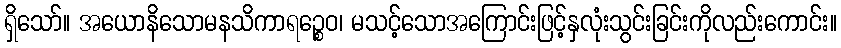
ရှိသော်။ အယောနိသောမနသိကာရဉ္စေဝ၊ မသင့်သောအကြောင်းဖြင့်နှလုံးသွင်းခြင်းကိုလည်းကောင်း။